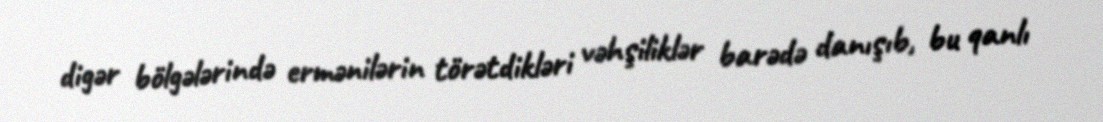
digər bölgələrində ermənilərin törətdikləri vəhşiliklər barədə danışıb, bu qanlı